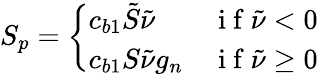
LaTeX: S_{p}=\left\{ \begin{array}{ll}{c_{b1}\tilde{S}\tilde{\nu}}&{\mathrm{~i~f~}\tilde{\nu}<0}\\ {c_{b1}S\tilde{\nu}g_{n}}&{\mathrm{~i~f~}\tilde{\nu}\geq 0}\end{array}\right.